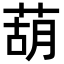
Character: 葫